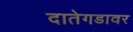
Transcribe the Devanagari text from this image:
दातेगडावर